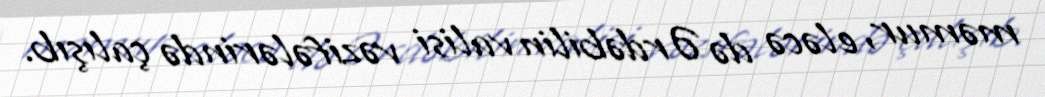
məmur, eləcə də Ərdəbilin valisi vəzifələrində çalışıb.